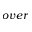
o v e r